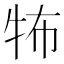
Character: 𤙅